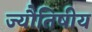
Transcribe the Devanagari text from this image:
ज्यौतिषीय